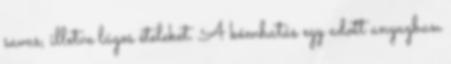
savas, illetve lúgos ételeket. A kémhatás egy adott anyagban